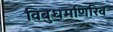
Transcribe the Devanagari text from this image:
विबुधमणिरिव